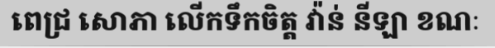
ពេជ្រ សោភា លើកទឹកចិត្ត វ៉ាន់ នីឡា ខណៈ